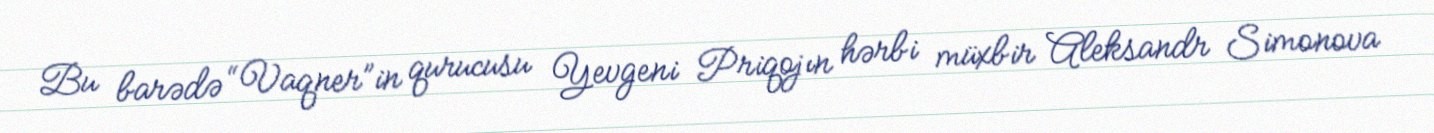
Bu barədə “Vaqner”in qurucusu Yevgeni Priqojın hərbi müxbir Aleksandr Simonova